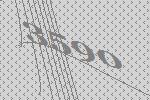
3590